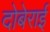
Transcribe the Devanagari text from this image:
दोबेराई